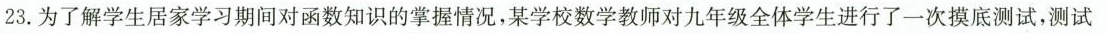
23.为了解学生居家学习期间对函数知识的掌握情况，某学校数学教师对九年级全体学生进行了一次摸底测试，测试